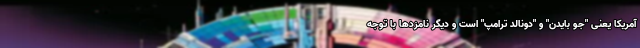
آمریکا یعنی "جو بایدن" و "دونالد ترامپ" است و دیگر نامزدها با توجه